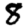
Digit: 8